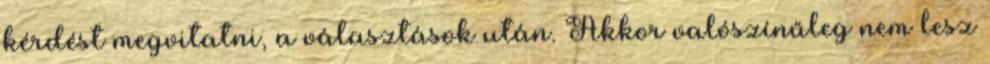
kérdést megvitatni, a választások után. Akkor valószínűleg nem lesz